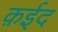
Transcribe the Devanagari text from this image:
क़ईद